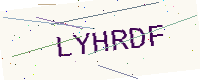
Text: LYHRDF